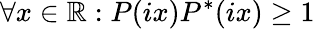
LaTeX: \forall x\in\mathbb{R}:P(ix)P^{*}(ix)\geq 1